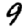
Digit: 9